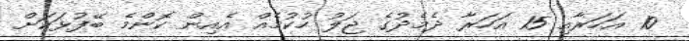
10 އަހަރާއި 15 އަހަރާ ދެމެދުގެ ޖަލު ހުކުމެއް އެއިން ކޮންމެ ބޭފުޅަކަށް